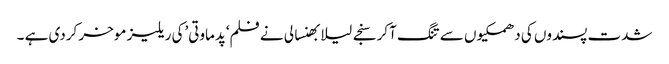
شدت پسندوں کی دھمکیوں سے تنگ آکر سنجے لیلا بھنسالی نے فلم‘پدماوتی’کی ریلیز موخر کردی ہے ۔